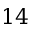
1 4